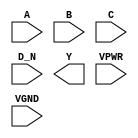
module sky130_fd_sc_hs__nor4b (
    //# {{data|Data Signals}}
    input  A   ,
    input  B   ,
    input  C   ,
    input  D_N ,
    output Y   ,

    //# {{power|Power}}
    input  VPWR,
    input  VGND
);
endmodule